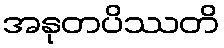
အနုတပိဿတိ